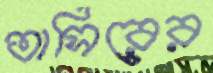
তাসিরের